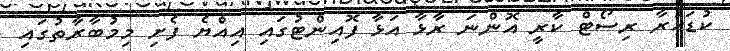
ކުޑަހުރާ ރިސޯޓް ކާރީ އޮންނަ ރާޅާ އަޅާ ފޮއިންޓުގައި އިއްޔެ ފެށި މިމުބާރާތުގައި